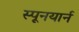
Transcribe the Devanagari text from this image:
स्पूनयार्न